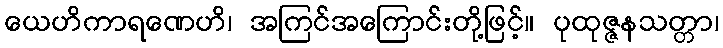
ယေဟိကာရဏေဟိ၊ အကြင်အကြောင်းတို့ဖြင့်။ ပုထုဇ္ဇနသတ္တာ၊